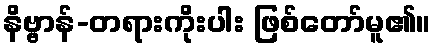
နိဗ္ဗာန်-တရားကိုးပါး ဖြစ်တော်မူ၏။